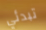
تبدئي